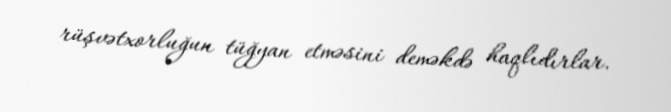
rüşvətxorluğun tüğyan etməsini deməkdə haqlıdırlar.